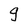
Character: g